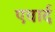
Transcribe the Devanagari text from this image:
एवार्द